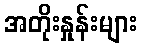
အတိုးနှုန်းများ